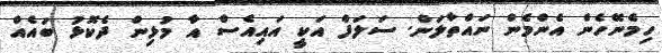
ހިމެނޭހެން އެންމެން ނައްތާލަން. ސަލަފް އަކީ އައިއެސް އާ މުޅިން ދެކޮޅު ބައެއް